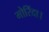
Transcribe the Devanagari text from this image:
मोरिंदा।